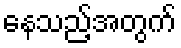
နေသည့်အတွက်